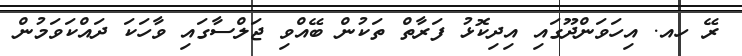
ރޭ ހއ. އިހަވަންދޫގައި އިދިކޮޅު ފަރާތް ތަކުން ބޭއްވި ޖަލްސާގައި ވާހަކަ ދައްކަވަމުން